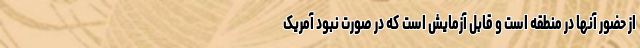
از حضور آنها در منطقه است و قابل آزمایش است که در صورت نبود آمریک